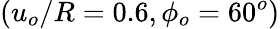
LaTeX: (u_{o}/R=0.6,\phi_{o}=60^{o})